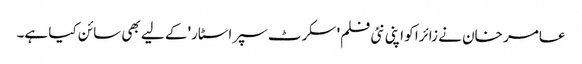
عامر خان نے زائرا کو اپنی نئی فلم' سکرٹ سپراسٹار' کے لیے بھی سائن کیا ہے۔